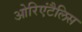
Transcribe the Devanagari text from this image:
ओरिएंटैलिस